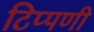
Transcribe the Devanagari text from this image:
टिप्‍पणी